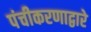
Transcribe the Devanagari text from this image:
पंचीकरणाद्वारे